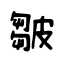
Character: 皺